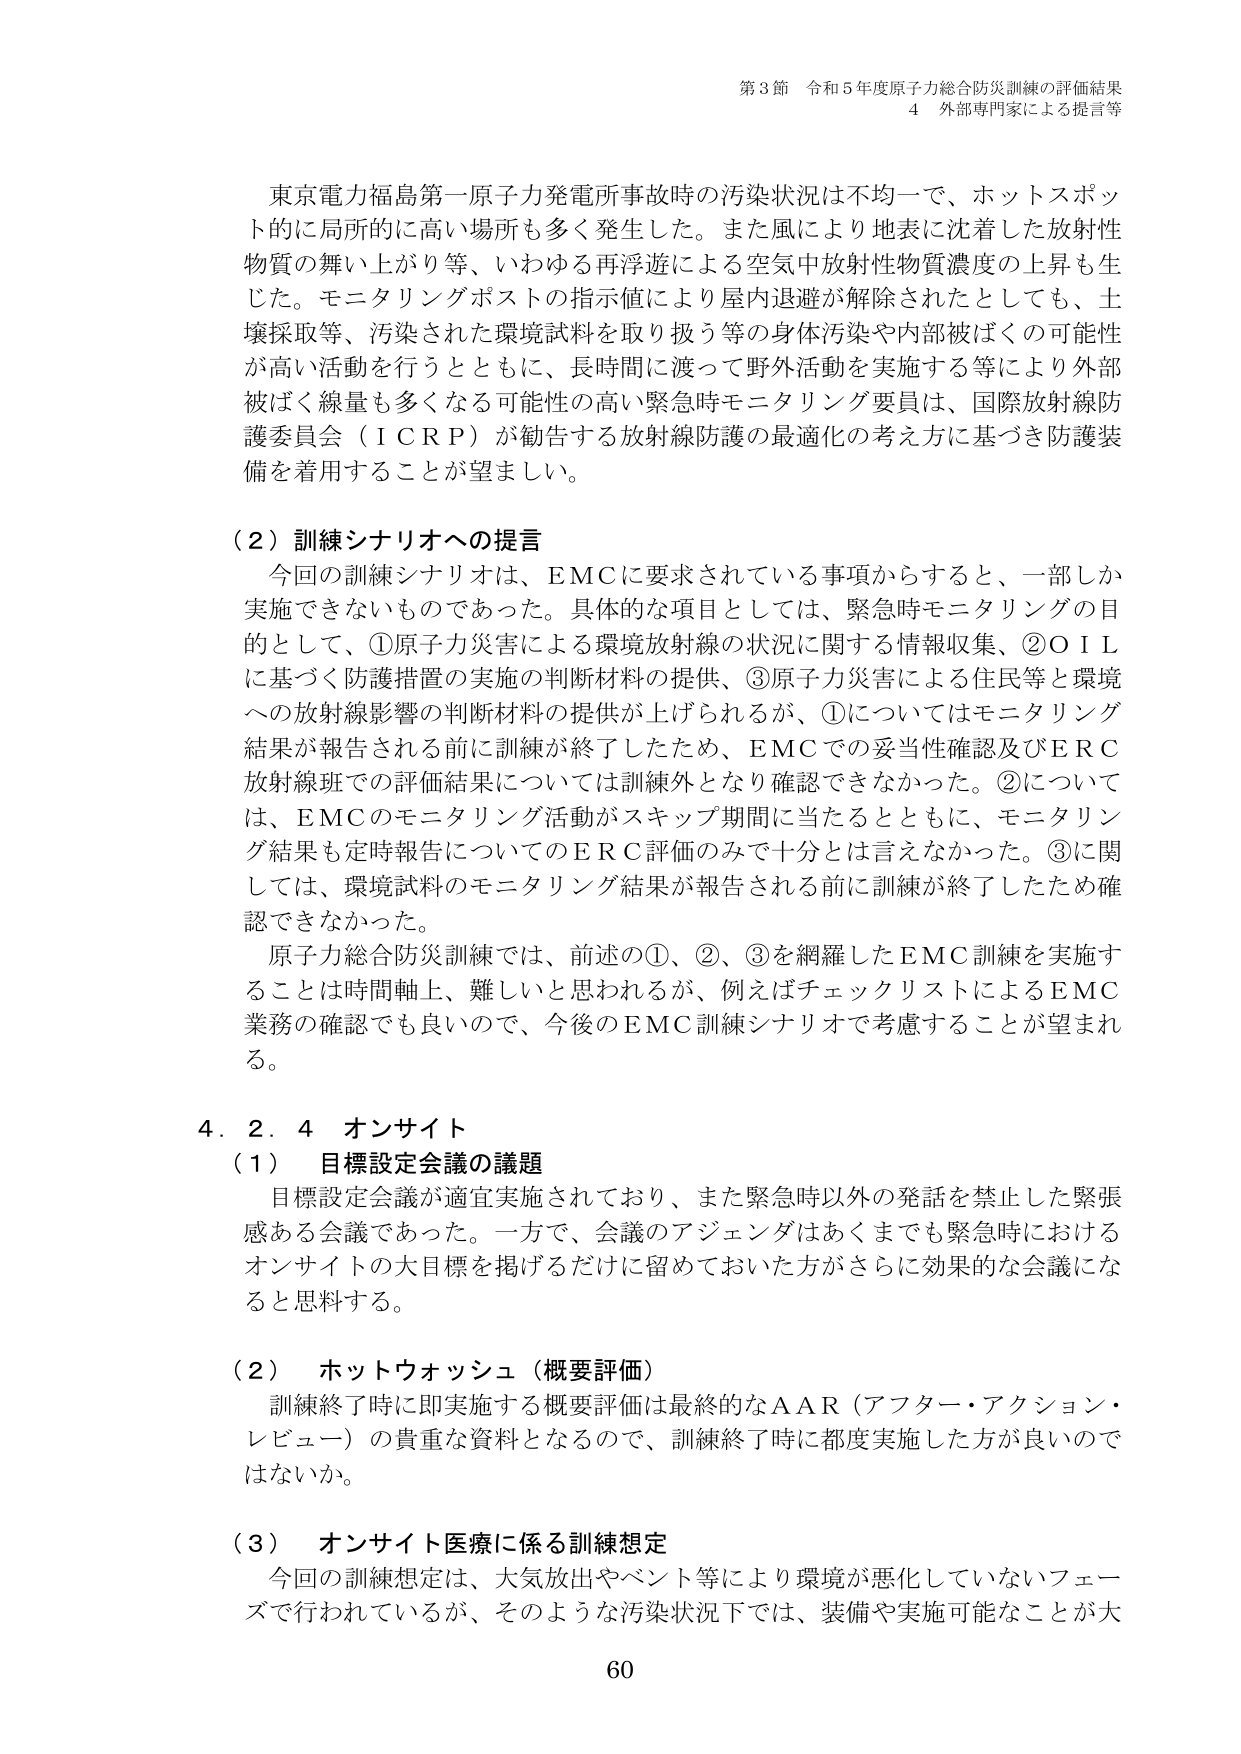
第3節 令和5年度原子力総合防災訓練の評価結果
4 外部専門家による提言等

東京電力福島第一原子力発電所事故時の汚染状況は不均一で、ホットスポット的に局所的に高い場所も多く発生した。また風により地表に沈着した放射性物質の舞い上がり等、いわゆる再浮遊による空中放射性物質濃度の上昇も生じた。モニタリングポストの指示値により屋内退避が解除されたとしても、土壌採取等、汚染された環境試料を取り扱う等の身体汚染や内部被ばくの可能性が高い活動を行うとともに、長時間に渡って野外活動を実施する等により外部被ばく線量も多くなる可能性の高い緊急時モニタリング要員は、国際放射線防護委員会（ICRP）が勧告する放射線防護の最適化の考え方に基づき防護装備を着用することが望ましい。

（2）訓練シナリオへの提言
今回の訓練シナリオは、EMCに要求されている事項からすると、一部しか実施できないものであった。具体的な項目としては、緊急時モニタリングの目的として、①原子力災害による環境放射線の状況に関する情報収集、②OILに基づく防護措置の実施の判断材料の提供、③原子力災害による住民等と環境への放射線影響の判断材料の提供が上げられるが、①についてはモニタリング結果が報告される前に訓練が終了したため、EMCでの妥当性確認及びERC放射線班での評価結果については訓練外となり確認できなかった。②については、EMCのモニタリング活動がスキップ期間に当たるとともに、モニタリング結果も定時報告についてのERC評価のみで十分とは言えなかった。③に関しては、環境試料のモニタリング結果が報告される前に訓練が終了したため確認できなかった。
原子力総合防災訓練では、前述の①、②、③を網羅したEMC訓練を実施することは時間軸上、難しいと思われるが、例えばチェックリストによるEMC業務の確認でも良いので、今後のEMC訓練シナリオで考慮することが望まれる。

4．2．4 オンサイト
（1）目標設定会議の議題
目標設定会議が適宜実施されており、また緊急時以外の発話を禁止した緊張感ある会議であった。一方で、会議のアジェンダはあくまでも緊急時におけるオンサイトの大目標を掲げるだけに留めておいた方がさらに効果的な会議になると思料する。

（2）ホットウォッシュ（概要評価）
訓練終了時に即実施する概要評価は最終的なAAR（アフター・アクション・レビュー）の貴重な資料となるので、訓練終了時に都度実施した方が良いのではないか。

（3）オンサイト医療に係る訓練想定
今回の訓練想定は、大気放出やベント等により環境が悪化していないフェーズで行われているが、そのような汚染状況下では、装備や実施可能なことが大

60